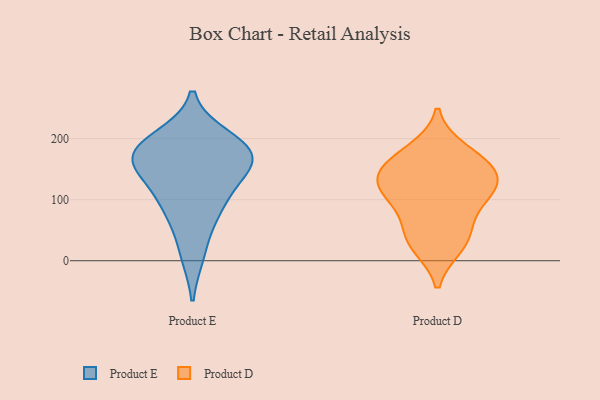
{"axis": {"x": "Customer Acquisition Cost (USD)", "y": "Value"}, "legend": ["Product D", "Product E"], "data": [{"x": "", "y": 157, "type": "Product E"}, {"x": "", "y": 174, "type": "Product E"}, {"x": "", "y": 126, "type": "Product E"}, {"x": "", "y": 183, "type": "Product E"}, {"x": "", "y": 13, "type": "Product E"}, {"x": "", "y": 199, "type": "Product E"}, {"x": "", "y": 169, "type": "Product E"}, {"x": "", "y": 82, "type": "Product E"}, {"x": "", "y": 171, "type": "Product E"}, {"x": "", "y": 90, "type": "Product E"}, {"x": "", "y": 132, "type": "Product D"}, {"x": "", "y": 53, "type": "Product D"}, {"x": "", "y": 107, "type": "Product D"}, {"x": "", "y": 152, "type": "Product D"}, {"x": "", "y": 118, "type": "Product D"}, {"x": "", "y": 139, "type": "Product D"}, {"x": "", "y": 25, "type": "Product D"}, {"x": "", "y": 164, "type": "Product D"}, {"x": "", "y": 97, "type": "Product D"}, {"x": "", "y": 33, "type": "Product D"}, {"x": "", "y": 180, "type": "Product D"}]}